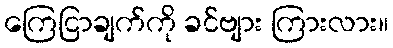
ကြေငြာချက်ကို ခင်ဗျား ကြားလား။